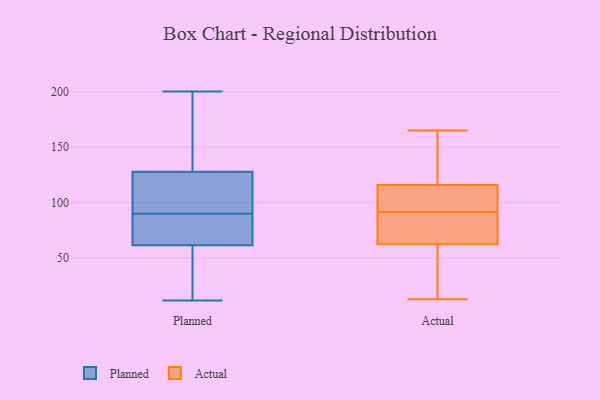
{"axis": {"x": "Gross Profit (USD K)", "y": "Value"}, "legend": ["Actual", "Planned"], "data": [{"x": "", "y": 12, "type": "Planned"}, {"x": "", "y": 32, "type": "Planned"}, {"x": "", "y": 200, "type": "Planned"}, {"x": "", "y": 90, "type": "Planned"}, {"x": "", "y": 184, "type": "Planned"}, {"x": "", "y": 118, "type": "Planned"}, {"x": "", "y": 117, "type": "Planned"}, {"x": "", "y": 74, "type": "Planned"}, {"x": "", "y": 131, "type": "Planned"}, {"x": "", "y": 64, "type": "Planned"}, {"x": "", "y": 61, "type": "Planned"}, {"x": "", "y": 52, "type": "Actual"}, {"x": "", "y": 72, "type": "Actual"}, {"x": "", "y": 66, "type": "Actual"}, {"x": "", "y": 90, "type": "Actual"}, {"x": "", "y": 126, "type": "Actual"}, {"x": "", "y": 125, "type": "Actual"}, {"x": "", "y": 59, "type": "Actual"}, {"x": "", "y": 165, "type": "Actual"}, {"x": "", "y": 96, "type": "Actual"}, {"x": "", "y": 13, "type": "Actual"}, {"x": "", "y": 107, "type": "Actual"}, {"x": "", "y": 93, "type": "Actual"}]}